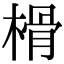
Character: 榾